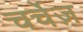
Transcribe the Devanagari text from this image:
चर्चेज़